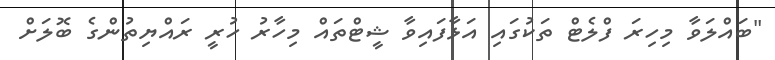
"ބައްލަވާ މިހިރަ ފްލެޓް ތަކުގައި އަޅާފައިވާ ޝީޓްތައް މިހާރު ހުރީ ރައްޔިތުންގެ ބޮލަށް